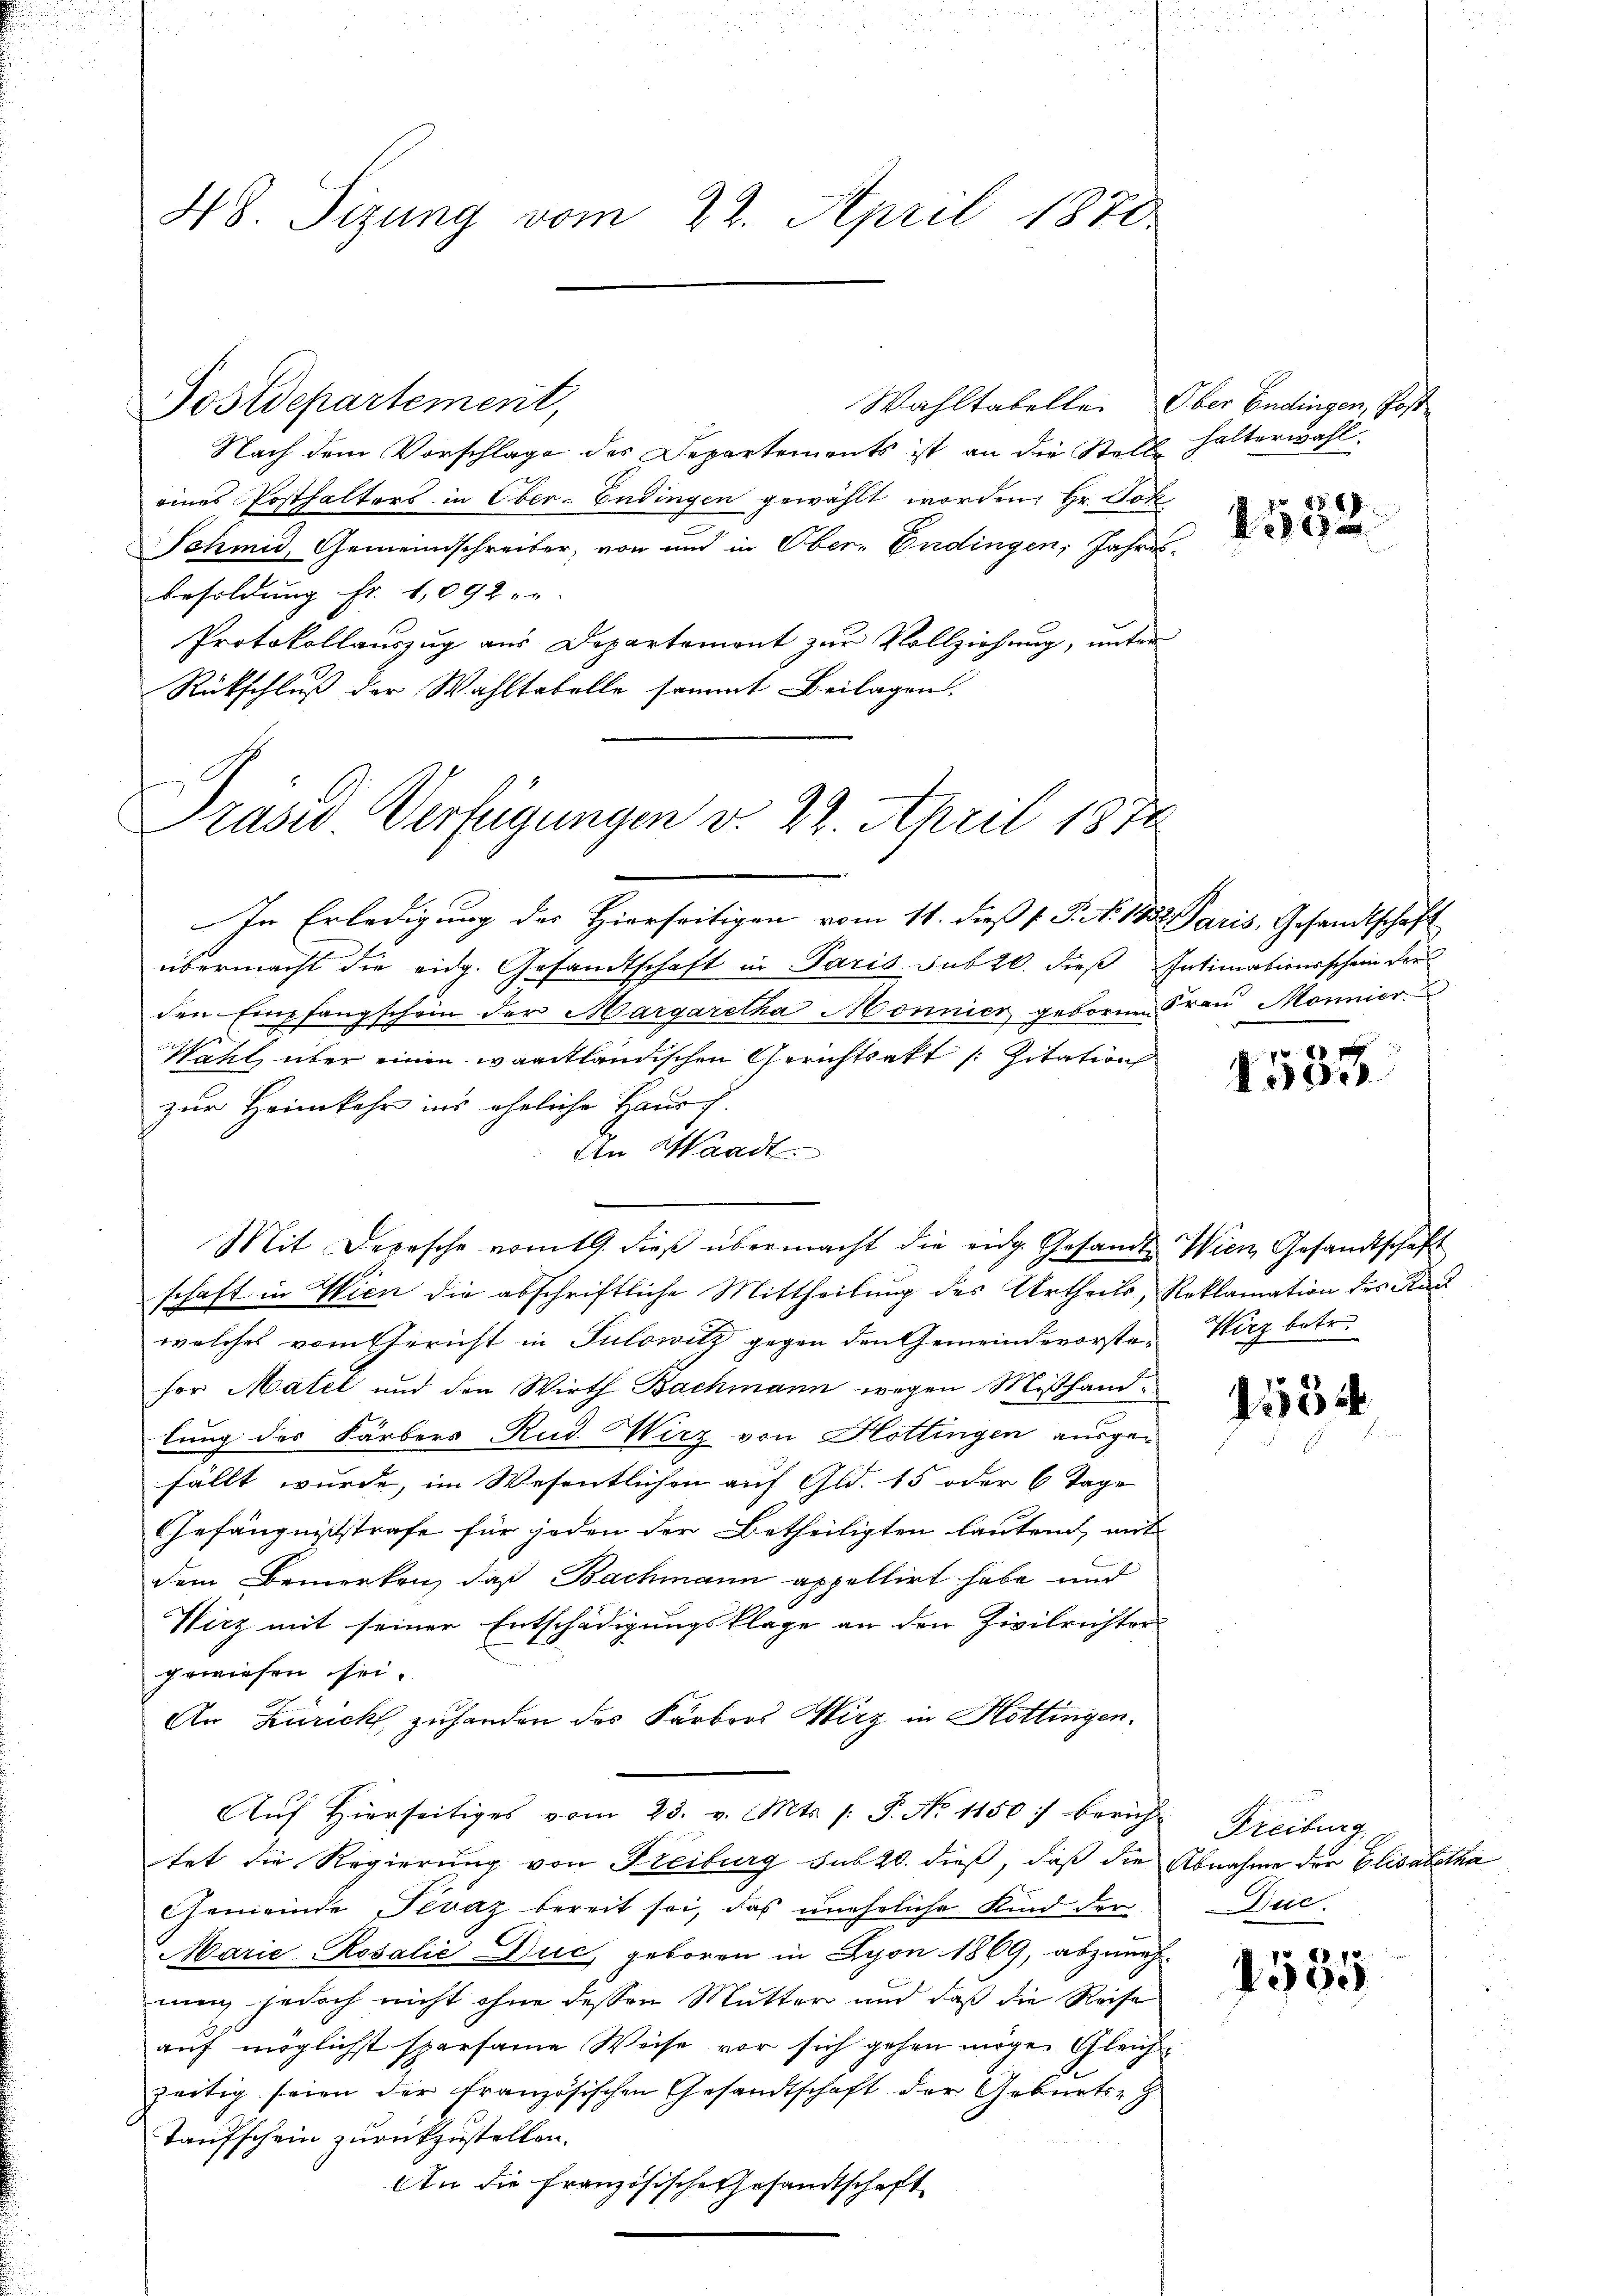
25

Nach dem Vorschlage des Departements ist an die Stelle halterwahl
eines Posthalters in Ober-Endingen gewählt worden. Hr. Jok
Schmid, Gemeindschreiber, von und in Ober-Endingen, Jahres-
Besoldung Fr. 1,092 - u.
Protokollauszug aus Departement zur Vollziehung, unter
Rückschluß der Wahltabelle sammt Beilagen.

48. Sizung vom 22. April 1870

Postdepartement,
Wahltabelle. Ober Endingen, Post¬

Präses Verfügungen v. 22. April 1878

In Erledigung des Hierseitigen vom 11. dieß (T. S. 133. Paris, Gesandtschaft
f
übermacht die eidg. Gesandtschaft in Paris sub 20. dieß Intimationsschein der
den Empfangschein der Margaretha Mönnier geborne Fraŭ Mönnier
Wahl über einen waadtländischen Gerichtsakt /: Zitation
zur Heimkehr ins eheliche Hausch.
An Waadt.
Mit Depesche vom 19. dieß übermacht die eidg. Gesandte Wien, Gesandtschaft
schaft in Wien die abschriftliche Mittheilung des Urtheils, Reklamation des Rad
welches vom Gericht in Sulowitz gegen den Gemeindevorste Wirz betre
her Matel und den Wirth Bachmann wegen Mißhand
lung des Färbers Rud. Wirz von Hottingen ausgefällt wurde, im Wesentlichen auf Gld. 15 oder 6 Tage
Gefängnißstrafe für jeden der Betheiligten lautend, mit
dem Bemerken, daß Bachmann appellirt habe und
Wirz mit seiner Entschädigungsklage an den Zivilrichter-
gewiesen sei.
An Zürich, zuhanden des Färbers Wirz in Hottingen.
Aŭf Hierseitiges vom 23. v. Mts. /: P. No 1150 berich-
tet die Regierung von Freiburg sub 20. dieß, daß die Abnahme der Elisabetha
Gemeinde Pevaz bereit sei, das uneheliche Kind der
Marie-Rosalić Duc, geboren in Lyon 1869, abzuneh-
nung jedoch nicht ohne dessen Mutter und daß die Reise
auf möglichst sparsame Weise vor sich gehen möge. Gleich
zeitig seien der französischen Gesandtschaft der Geburts-
Taufschein zurückzustellen.
An die französische Gesandtschaft

4552.

00 f 20 x
Ie

554

Freiburg
Dec.
po 1874

390